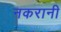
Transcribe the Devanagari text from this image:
नकरानी